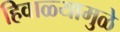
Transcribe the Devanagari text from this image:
हिवाळ्यामुळे